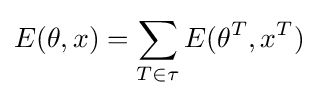
E(\theta ,x)=\sum _{T\in \tau }E(\theta ^{T},x^{T})